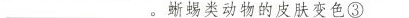
___。蜥蜴类动物的皮肤变色\underline{③}